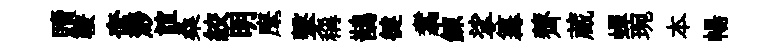
贖鞍奩渺誼桑絞明麾擊稱鵲徤翥錬挲篝薺蔵蟬琬本暢